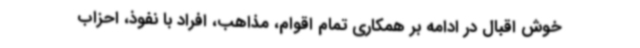
خوش اقبال در ادامه بر همکاری تمام اقوام، مذاهب، افراد با نفوذ، احزاب